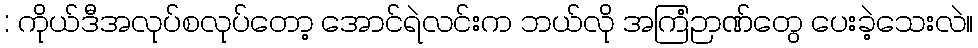
: ကိုယ်ဒီအလုပ်စလုပ်တော့ အောင်ရဲလင်းက ဘယ်လို အကြံဉာဏ်တွေ ပေးခဲ့သေးလဲ။